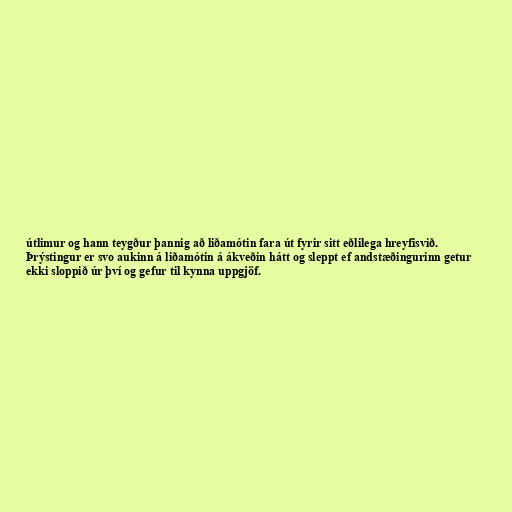
útlimur og hann teygður þannig að liðamótin fara út fyrir sitt eðlilega hreyfisvið.
Þrýstingur er svo aukinn á liðamótin á ákveðin hátt og sleppt ef andstæðingurinn getur
ekki sloppið úr því og gefur til kynna uppgjöf.